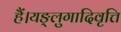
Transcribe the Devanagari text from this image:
हैं।यङ्लुगादिवृत्ति